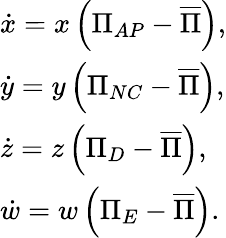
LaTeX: \begin{array}{l}{\dot{x}=x\left(\Pi_{AP}-\overline{{\Pi}}\right),}\\ {\dot{y}=y\left(\Pi_{NC}-\overline{{\Pi}}\right),}\\ {\dot{z}=z\left(\Pi_{D}-\overline{{\Pi}}\right),}\\ {\dot{w}=w\left(\Pi_{E}-\overline{{\Pi}}\right).}\end{array}